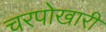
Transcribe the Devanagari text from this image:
चरपोखारी